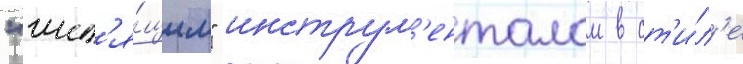
"шип'я́щим" инструм'енталом в ст'и́л'е